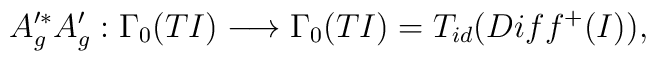
A'^{*}_{g}A'_{g}: \Gamma_{0}(TI) \longrightarrow  \Gamma_{0}(TI)= T_{id}(Diff^{+}(I)),